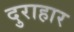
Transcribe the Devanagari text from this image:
दुराहार